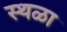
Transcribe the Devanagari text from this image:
स्थळा